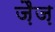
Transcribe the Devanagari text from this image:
ज़ैज़